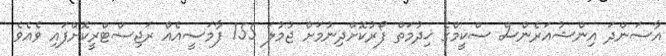
އާސަންދަ އިންޝުއަރެންސް ސްކީމްގެ ޚިދުމަތް ފޯރުކޮށްދިނުމަށް ޖުމުލަ 155 ފާމަސީއެއް ރަޖިސްޓްރީކޮށްފައި ވެއެވެ.